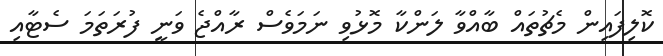
ކޮލިފައިން މެޗުތައް ބާއްވާ ލަންކާ މޮޅުވި ނަމަވެސް ރާއްޖެ ވަނީ ފުރަތަމަ ސެޓާއި